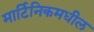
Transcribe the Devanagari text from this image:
मार्टिनिकमधील